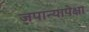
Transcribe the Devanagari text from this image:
जपान्यापेक्षा